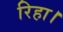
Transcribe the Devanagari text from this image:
रिहा।